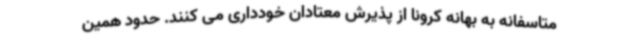
متاسفانه به بهانه کرونا از پذیرش معتادان خودداری می کنند. حدود همین